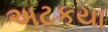
અટકયા